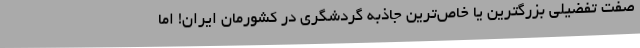
صفت تفضیلی بزرگترین یا خاص‌ترین جاذبه گردشگری در کشورمان ایران! امّا